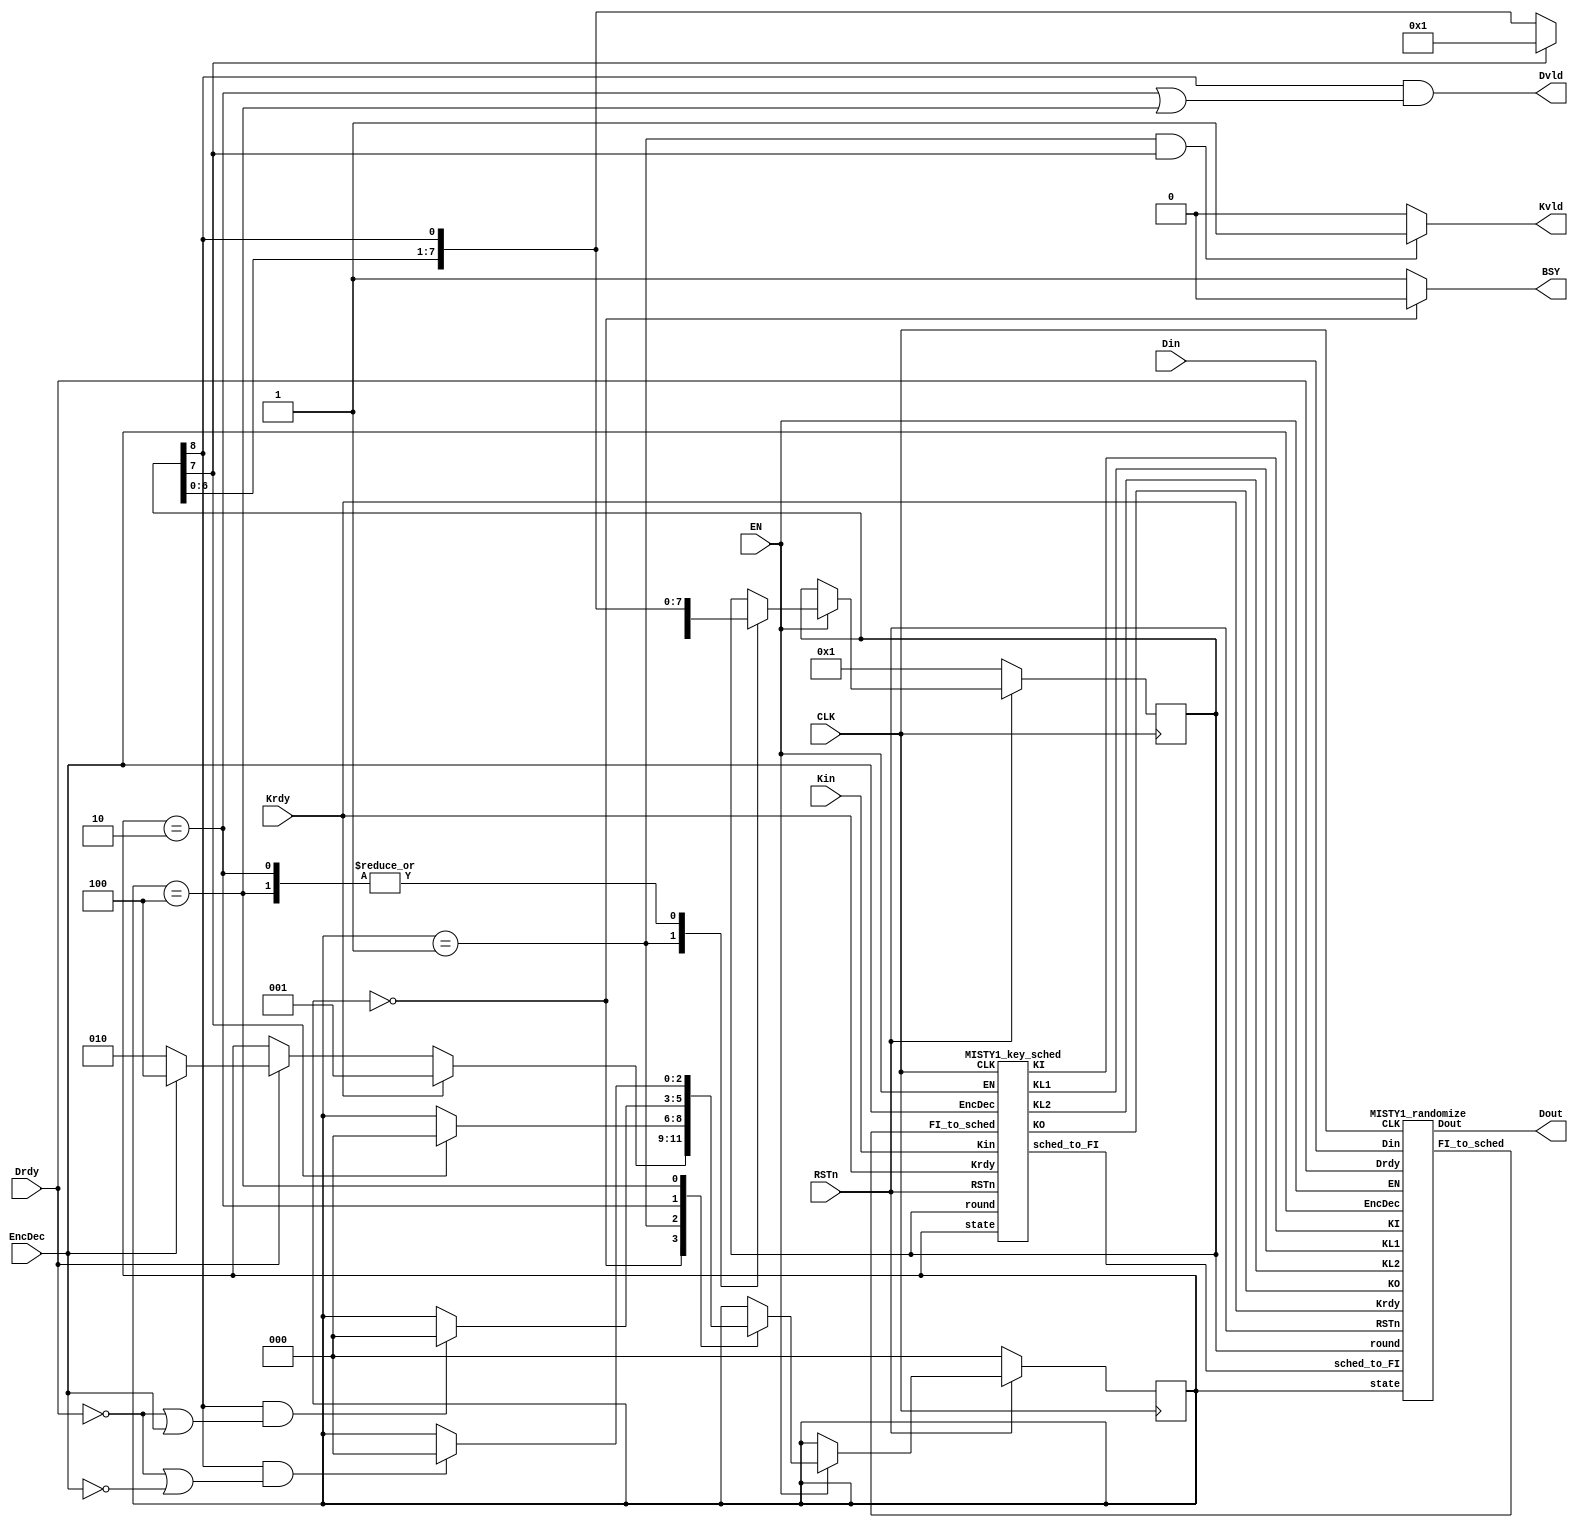
/*-------------------------------------------------------------------------
 MISTY1 Encryption/Decryption Macro 
 one round / one clock version, ASIC version
 
 File name   : MISTY1_1clk.v
 Version     : Version 1.0
 Created     : MAR/04/2007
 Last update : SEP/25/2007
 Desgined by : Takeshi Sugawara
 
 
 Copyright (C) 2007 AIST and Tohoku Univ.
 
 By using this code, you agree to the following terms and conditions.
 
 This code is copyrighted by AIST and Tohoku University ("us").
 
 Permission is hereby granted to copy, reproduce, redistribute or
 otherwise use this code as long as: there is no monetary profit gained
 specifically from the use or reproduction of this code, it is not sold,
 rented, traded or otherwise marketed, and this copyright notice is
 included prominently in any copy made.
 
 We shall not be liable for any damages, including without limitation
 direct, indirect, incidental, special or consequential damages arising
 from the use of this code.
 
 When you publish any results arising from the use of this code, we will
 appreciate it if you can cite as following.
 @misc{tohoku-crypto-ip,
  author={Tohoku University ECSIS laboratory},
  title={Cryptographic IP cores},
  howpublished = {https://github.com/ECSIS-lab/IP_cores}
 }
 -------------------------------------------------------------------------*/ 

module MISTY1( Kin, Din, Dout, Krdy, Drdy, EncDec, RSTn, EN, CLK, BSY, Kvld, Dvld );
  input CLK, RSTn, EN;
  input Drdy, Krdy, EncDec;
  input [ 63:0] Din;
  input [127:0] Kin;
  output [63:0] Dout;
  output 	Dvld, Kvld, BSY;

  // State assign
  parameter ST_IDLE =      3'b000;
  parameter ST_KEY_SCHED = 3'b001;
  parameter ST_ENCRYPT   = 3'b010;
  parameter ST_DECRYPT   = 3'b100;

  parameter Enc = 1'b0;
  parameter Dec = 1'b1;

  reg [2:0] 	state_reg;
  reg [8:0] 	round_reg;

  // Signals for Subkeys
  wire [63:0] KO;
  wire [47:0] KI;
  wire [31:0] KL1, KL2;
  wire [15:0] FI_to_sched;
  wire [31:0] sched_to_FI;

  assign Dvld = ( (round_reg[8] == 1'b1) && 
		  ( (state_reg == ST_ENCRYPT) || (state_reg == ST_DECRYPT) ) );

  //assign Kvld = (state_reg != ST_KEY_SCHED);
  assign Kvld = ( (state_reg == ST_KEY_SCHED) && (round_reg[7] == 1'b1) ) ? 1:0;

  assign BSY = (state_reg == ST_IDLE) ? 1'b0 : 1'b1;

  MISTY1_key_sched MISTY1_key_sched( .CLK         (CLK),
				     .EN          (EN),
				     .RSTn        (RSTn),
				     .Krdy        (Krdy),
				     .EncDec      (EncDec),
				     .Kin         (Kin),
				     .state       (state_reg),
				     .round       (round_reg),
				     .KO          (KO),
				     .KI          (KI),
				     .KL1         (KL1),
				     .KL2         (KL2),
				     .FI_to_sched (FI_to_sched),
				     .sched_to_FI (sched_to_FI) );

  MISTY1_randomize MISTY1_randomize(// Outputs
				    .Dout		(Dout),
				    .FI_to_sched	(FI_to_sched[15:0]),
				    // Inputs
				    .CLK		(CLK),
				    .EN               (EN),
				    .RSTn		(RSTn),
				    .state		(state_reg[2:0]),
				    .round		(round_reg[8:0]),
				    .EncDec           (EncDec),
				    .Drdy             (Drdy),
				    .Krdy             (Krdy),
				    .Din		(Din),
				    .sched_to_FI	(sched_to_FI[31:0]),
				    .KO		(KO[63:0]),
				    .KI		(KI[47:0]),
				    .KL1		(KL1[31:0]),
				    .KL2		(KL2[31:0]) );
  
  always @(posedge CLK) begin
    if(RSTn == 1'b0) begin
      state_reg <= ST_IDLE;
      round_reg <= 9'b0_0000_0001;
    end
    else if(EN == 1'b1) begin
      case(state_reg)
	ST_IDLE: begin
	  if(Krdy == 1'b1) state_reg <= ST_KEY_SCHED;
	  else if(Drdy == 1'b1)
	    if(EncDec == Enc) state_reg <= ST_ENCRYPT;
	    else                   state_reg <= ST_DECRYPT;
	end

	ST_KEY_SCHED: begin
	  if( round_reg[7] == 1'b1 ) begin
	    state_reg <= ST_IDLE;
	    round_reg <= 9'b0_0000_0001;	    
	  end else
	    round_reg <= { round_reg[7:0], round_reg[8] };
	end

	ST_ENCRYPT: begin
	  if( (round_reg[8] == 1'b1) && (Drdy != 1'b1 || EncDec == Dec) )
	    state_reg <= ST_IDLE;
	  round_reg <= { round_reg[7:0], round_reg[8] };
	end

	ST_DECRYPT: begin
	  if( (round_reg[8] == 1'b1) && (Drdy != 1'b1 || EncDec == Enc) )
	    state_reg <= ST_IDLE;
	  round_reg <= { round_reg[7:0], round_reg[8] };
	end
      endcase // case(state_reg)
    end
  end

endmodule // MISTY1


module MISTY1_randomize( Din, Dout, Krdy, Drdy, EncDec, RSTn, EN, CLK, 
		  FI_to_sched, state, round, sched_to_FI, KO, KI, KL1, KL2 );
  input CLK, RSTn, EN;  
  input [2:0] 	state;
  input [8:0] 	round;
  input 	EncDec;
  input 	Drdy, Krdy;

  input [63:0] Din;
  input [31:0] 	sched_to_FI;  

  input [63:0] KO;
  input [47:0] KI;
  input [31:0] KL1, KL2;

  output [63:0] Dout;
  output [15:0] FI_to_sched;

  // State assign
  parameter ST_IDLE =      3'b000;
  parameter ST_KEY_SCHED = 3'b001;
  parameter ST_ENCRYPT   = 3'b010;
  parameter ST_DECRYPT   = 3'b100;

  parameter Enc = 1'b0;
  parameter Dec = 1'b1;

  reg [63:0] 	data_reg;

  wire [63:0] 	FL_plus_out, FL_minus_out;
  MISTY1_FL_plus  MISTY1_FL_plus_L( .in( data_reg[63:32] ), .KL( KL1 ), .out( FL_plus_out[63:32] ) );
  MISTY1_FL_plus  MISTY1_FL_plus_R( .in( data_reg[31: 0] ), .KL( KL2 ), .out( FL_plus_out[31: 0] ) );
  MISTY1_FL_minus MISTY1_FL_minus_L( .in( data_reg[63:32] ), .KL( KL1 ), .out( FL_minus_out[63:32] ) );
  MISTY1_FL_minus MISTY1_FL_minus_R( .in( data_reg[31: 0] ), .KL( KL2 ), .out( FL_minus_out[31: 0] ) );

  wire [63:0] 	Feistel_in, Feistel_out;
  wire [31:0] 	FO_out;
  wire [63:0] 	data_next;
  wire [63:0] 	Feistel_or_through;
  assign Feistel_in = Feistel_in_select( data_reg, FL_plus_out, FL_minus_out,
					 round, EncDec );

  MISTY1_FO_sched MISTY1_FO_sched( .out		(FO_out),
				   .FI_to_sched	(FI_to_sched[15:0]),
				   // Inputs
				   .in		(Feistel_in[63:32]),
				   .KO		(KO[63:0]),
				   .KI		(KI[47:0]),
				   .state		(state[2:0]),
				   .sched_to_FI	(sched_to_FI[31:0])
				   );

  assign Feistel_out = { Feistel_in[63:32], Feistel_in[31:0] ^ FO_out };
  assign Feistel_or_through = (round[8]==1'b1) ? Feistel_in : Feistel_out;
			      
  assign data_next = (EncDec==Enc) ? 
		     {Feistel_or_through[31:0], Feistel_or_through[63:32]} : Feistel_or_through;
  assign Dout = data_next;
  
  always @(posedge CLK) begin
    if(RSTn == 1'b0) begin
      data_reg <= 64'h0000_0000_0000_0000;
    end
    else if(EN == 1'b1) begin
      case(state)
	ST_IDLE:
	  if(Krdy == 1'b0 && Drdy == 1'b1)
	    if(EncDec == Enc)
	      data_reg <= Din[63:0];
	    else
	      data_reg <= { Din[31:0], Din[63:32] };
	
	ST_ENCRYPT: begin
	  if(round[8] == 1'b1 && Krdy == 1'b0 && Drdy == 1'b1)
	    data_reg <= Din[63:0];
	  else
	    data_reg <= data_next;
	end

	ST_DECRYPT: begin
	  if(round[8] == 1'b1 && Krdy == 1'b0 && Drdy == 1'b1)
	    data_reg <= { Din[31:0], Din[63:32] };
	  else
	    data_reg <= data_next;
	end	
      endcase // case(state)
    end
  end    
      
  function [63:0] Feistel_in_select;
    input [63:0] through, FL_plus_out, FL_minus_out;
    input [8:0]   round;
    input 	  EncDec;

    if( EncDec==Enc )
      if( round[1] | round[3] | round[5] | round[7] )
	Feistel_in_select =  through;
      else 
	Feistel_in_select = FL_plus_out;

    else // EncDec==Dec
      if( round[0] | round[2] | round[4] | round[6] )
	Feistel_in_select = { FL_minus_out[31:0], FL_minus_out[63:32] };
      else if( round[1] | round[3] | round[5] | round[7] )
	Feistel_in_select = { through[31:0], through[63:32] };
      else
	Feistel_in_select = FL_minus_out;
  endfunction // Feistel_in_select
  
endmodule // MISTY1_randomize


module MISTY1_key_sched( Kin, Krdy, EncDec, RSTn, EN, CLK, state, round,
		  KO, KI, KL1, KL2, sched_to_FI, FI_to_sched );
  input CLK, RSTn, EN;
  input Krdy;
  input EncDec;
  input [127:0] Kin;
  input [2:0] 	state;
  input [8:0] 	round;
  input [15:0] 	FI_to_sched;

  output [63:0] KO;
  output [47:0] KI;
  output [31:0] KL1, KL2;
  output [31:0] sched_to_FI;

  // State assign
  parameter ST_IDLE =      3'b000;
  parameter ST_KEY_SCHED = 3'b001;
  parameter ST_ENCRYPT   = 3'b010;
  parameter ST_DECRYPT   = 3'b100;

  parameter Enc = 1'b0;
  parameter Dec = 1'b1;
  
  reg [127:0] K_reg, Kp_reg;

  assign      sched_to_FI = sched_to_FI_select(K_reg, round);
  assign      KL1 = KL1_select(K_reg, Kp_reg, round, EncDec);
  assign      KL2 = KL2_select(K_reg, Kp_reg, round, EncDec);  
  assign      KO = KO_select(K_reg, round, EncDec);
  assign      KI = KI_select(Kp_reg, round, EncDec);
  
  always @(posedge CLK) begin
    if(RSTn == 1'b0) begin
      K_reg  <= 128'h0000_0000_0000_0000_0000_0000_0000_0000;
      Kp_reg <= 128'h0000_0000_0000_0000_0000_0000_0000_0000;      
    end
    else if(EN == 1'b1) begin
      case(state)
	ST_IDLE: if(Krdy == 1'b1) K_reg <= Kin;
	ST_KEY_SCHED: begin
	  if( round[ 0] == 1'b1 ) Kp_reg[127:112] <= FI_to_sched;
	  if( round[ 1] == 1'b1 ) Kp_reg[111: 96] <= FI_to_sched;	  
	  if( round[ 2] == 1'b1 ) Kp_reg[ 95: 80] <= FI_to_sched;
	  if( round[ 3] == 1'b1 ) Kp_reg[ 79: 64] <= FI_to_sched;
	  if( round[ 4] == 1'b1 ) Kp_reg[ 63: 48] <= FI_to_sched;
	  if( round[ 5] == 1'b1 ) Kp_reg[ 47: 32] <= FI_to_sched;
	  if( round[ 6] == 1'b1 ) Kp_reg[ 31: 16] <= FI_to_sched;
	  if( round[ 7] == 1'b1 ) Kp_reg[ 15:  0] <= FI_to_sched;
	end
      endcase // case(state)
    end
  end

  // Selector to select the input to the function FI while key-scheduling.
  // Note that two 16-bit input to FI is concatenated to
  // one 32-bit signal for the purpose of simplicity
  function [31:0] sched_to_FI_select;
    input [127:0] K_reg;
    input [8:0]   round;

    case(round)
      9'b0_0000_0001: sched_to_FI_select = K_reg[127: 96];
      9'b0_0000_0010: sched_to_FI_select = K_reg[111: 80];
      9'b0_0000_0100: sched_to_FI_select = K_reg[ 95: 64];
      9'b0_0000_1000: sched_to_FI_select = K_reg[ 79: 48];
      9'b0_0001_0000: sched_to_FI_select = K_reg[ 63: 32];
      9'b0_0010_0000: sched_to_FI_select = K_reg[ 47: 16];
      9'b0_0100_0000: sched_to_FI_select = K_reg[ 31:  0];
      default:        sched_to_FI_select = {K_reg[15: 0], K_reg[127:112]};
    endcase // case(round)
  endfunction // sched_to_FI_select
  
  function [31:0] KL1_select;
    input [127:0] K_reg, Kp_reg;
    input [8:0]   round;
    input 	  EncDec;

    reg [15:0] 	  K1, K2, K3, K4, K5, K6, K7, K8;
    reg [15:0] 	  Kp1, Kp2, Kp3, Kp4, Kp5, Kp6, Kp7, Kp8;

    begin
      { K1, K2, K3, K4, K5, K6, K7, K8 }         = K_reg;
      { Kp1, Kp2, Kp3, Kp4, Kp5, Kp6, Kp7, Kp8 } = Kp_reg;

      case(round)
	9'b0_0000_0001: KL1_select = (EncDec == Enc) ? {K1, Kp7} : {K5, Kp3};
	9'b0_0000_0100: KL1_select = (EncDec == Enc) ? {K2, Kp8} : {K4, Kp2};
	9'b0_0001_0000: KL1_select =                        {K3, Kp1};
	9'b0_0100_0000: KL1_select = (EncDec == Enc) ? {K4, Kp2} : {K2, Kp8};
	default:        KL1_select = (EncDec == Enc) ? {K5, Kp3} : {K1, Kp7};
      endcase // case(round)
    end	
  endfunction // KL1_select

  function [31:0] KL2_select;
    input [127:0] K_reg, Kp_reg;
    input [8:0]   round;
    input 	  EncDec;

    reg [15:0] 	  K1, K2, K3, K4, K5, K6, K7, K8;
    reg [15:0] 	  Kp1, Kp2, Kp3, Kp4, Kp5, Kp6, Kp7, Kp8;

    begin
      { K1, K2, K3, K4, K5, K6, K7, K8 }         = K_reg;
      { Kp1, Kp2, Kp3, Kp4, Kp5, Kp6, Kp7, Kp8 } = Kp_reg;

      case(round)
	9'b0_0000_0001: KL2_select = (EncDec == Enc) ? {Kp3, K5} : {Kp7, K1};
	9'b0_0000_0100: KL2_select = (EncDec == Enc) ? {Kp4, K6} : {Kp6, K8};
	9'b0_0001_0000: KL2_select =                        {Kp5, K7};
	9'b0_0100_0000: KL2_select = (EncDec == Enc) ? {Kp6, K8} : {Kp4, K6};
	default:        KL2_select = (EncDec == Enc) ? {Kp7, K1} : {Kp3, K5};
      endcase // case(round)
    end	
  endfunction // KL2_select

  function [63:0] KO_select;
    input [127:0] K_reg;
    input [8:0]   round;
    input 	  EncDec;

    reg [15:0] 	  K1, K2, K3, K4, K5, K6, K7, K8;

    begin
      { K1, K2, K3, K4, K5, K6, K7, K8 } = K_reg;
      case(round)
	9'b0_0000_0001: KO_select = (EncDec == Enc) ? {K1, K3, K8, K5} : {K8, K2, K7, K4};
	9'b0_0000_0010: KO_select = (EncDec == Enc) ? {K2, K4, K1, K6} : {K7, K1, K6, K3};
	9'b0_0000_0100: KO_select = (EncDec == Enc) ? {K3, K5, K2, K7} : {K6, K8, K5, K2};
	9'b0_0000_1000: KO_select = (EncDec == Enc) ? {K4, K6, K3, K8} : {K5, K7, K4, K1};
	9'b0_0001_0000: KO_select = (EncDec == Enc) ? {K5, K7, K4, K1} : {K4, K6, K3, K8};
	9'b0_0010_0000: KO_select = (EncDec == Enc) ? {K6, K8, K5, K2} : {K3, K5, K2, K7};
	9'b0_0100_0000: KO_select = (EncDec == Enc) ? {K7, K1, K6, K3} : {K2, K4, K1, K6};
	default:        KO_select = (EncDec == Enc) ? {K8, K2, K7, K4} : {K1, K3, K8, K5};
      endcase // case(round)
    end
  endfunction // KO_select

  function [47:0] KI_select;
    input [127:0] Kp_reg;
    input [8:0]   round;
    input 	  EncDec;
    reg [15:0] 	  Kp1, Kp2, Kp3, Kp4, Kp5, Kp6, Kp7, Kp8;

    begin
      { Kp1, Kp2, Kp3, Kp4, Kp5, Kp6, Kp7, Kp8 } = Kp_reg;
      case(round)
	9'b0_0000_0001: KI_select = (EncDec == Enc) ? {Kp6, Kp2, Kp4} : {Kp5, Kp1, Kp3};
	9'b0_0000_0010: KI_select = (EncDec == Enc) ? {Kp7, Kp3, Kp5} : {Kp4, Kp8, Kp2};
	9'b0_0000_0100: KI_select = (EncDec == Enc) ? {Kp8, Kp4, Kp6} : {Kp3, Kp7, Kp1};
	9'b0_0000_1000: KI_select = (EncDec == Enc) ? {Kp1, Kp5, Kp7} : {Kp2, Kp6, Kp8};
	9'b0_0001_0000: KI_select = (EncDec == Enc) ? {Kp2, Kp6, Kp8} : {Kp1, Kp5, Kp7};
	9'b0_0010_0000: KI_select = (EncDec == Enc) ? {Kp3, Kp7, Kp1} : {Kp8, Kp4, Kp6};
	9'b0_0100_0000: KI_select = (EncDec == Enc) ? {Kp4, Kp8, Kp2} : {Kp7, Kp3, Kp5};
	default:        KI_select = (EncDec == Enc) ? {Kp5, Kp1, Kp3} : {Kp6, Kp2, Kp4};
      endcase // case(round)
    end
  endfunction // KI_select
  
endmodule // MISTY1_key_sched


//
//  FO-function
//  (Supports key-scheduling)
//
module MISTY1_FO_sched( out, FI_to_sched, in, KO, KI, state, sched_to_FI );
  input [31:0] in;
  input [63:0] KO;
  input [47:0] KI;
  input [2:0]  state;
  output [31:0] out;

  // I/Os for key scheduling
  input  [31:0] sched_to_FI;  
  output [15:0] FI_to_sched;

  // State assign
  parameter ST_IDLE =      3'b000;
  parameter ST_KEY_SCHED = 3'b001;
  parameter ST_ENCRYPT   = 3'b010;
  parameter ST_DECRYPT   = 3'b100;


  wire [15:0]  KOi1, KOi2, KOi3, KOi4;
  wire [15:0]  KIi1, KIi2, KIi3;
  assign       { KOi1, KOi2, KOi3, KOi4 } = KO;
  assign       KIi1 = KI[47:32];
  assign       KIi2 = (state==ST_KEY_SCHED) ? sched_to_FI[15:0] : KI[31:16];
  assign       KIi3 = KI[15: 0];    

  wire [15:0]  FIi1_in, FIi1_out;
  wire [15:0]  FIi2_in, FIi2_out;
  wire [15:0]  FIi3_in, FIi3_out;
  wire [31:0]  round1_out, round2_out, round3_out;

  
  MISTY1_FI MISTY1_FIi1( .in(FIi1_in), .out(FIi1_out), .KI(KIi1) );
  MISTY1_FI MISTY1_FIi2( .in(FIi2_in), .out(FIi2_out), .KI(KIi2) );
  MISTY1_FI MISTY1_FIi3( .in(FIi3_in), .out(FIi3_out), .KI(KIi3) );  
  assign 	FI_to_sched = FIi2_out;
  
  assign       FIi1_in = in[31:16] ^ KOi1;
  assign       round1_out = { in[15:0], FIi1_out ^ in[15:0] };

  assign       FIi2_in = (state==ST_KEY_SCHED) ?
			 sched_to_FI[31:16] : round1_out[31:16] ^ KOi2;

  assign       round2_out = { round1_out[15:0], FIi2_out ^ round1_out[15:0] };

  assign       FIi3_in = round2_out[31:16] ^ KOi3;
  assign       round3_out = { round2_out[15:0], FIi3_out ^ round2_out[15:0] };

  assign       out = { round3_out[31:16] ^ KOi4, round3_out[15:0] };
endmodule // MISTY1_FO_sched

module MISTY1_FO( out, in, KO, KI );
  input [31:0] in;
  input [63:0] KO;
  input [47:0] KI;
  output [31:0] out;
  
  wire [15:0]  KOi1, KOi2, KOi3, KOi4;
  wire [15:0]  KIi1, KIi2, KIi3;
  assign       { KOi1, KOi2, KOi3, KOi4 } = KO;
  assign       { KIi1, KIi2, KIi3 } = KI;

  wire [15:0]  FIi1_in, FIi1_out;
  wire [15:0]  FIi2_in, FIi2_out;
  wire [15:0]  FIi3_in, FIi3_out;
  wire [31:0]  round1_out, round2_out, round3_out;

  MISTY1_FI MISTY1_FIi1( .in(FIi1_in), .out(FIi1_out), .KI(KIi1) );
  MISTY1_FI MISTY1_FIi2( .in(FIi2_in), .out(FIi2_out), .KI(KIi2) );
  MISTY1_FI MISTY1_FIi3( .in(FIi3_in), .out(FIi3_out), .KI(KIi3) );  

  assign       FIi1_in = in[31:16] ^ KOi1;
  assign       round1_out = { in[15:0], FIi1_out ^ in[15:0] };

  assign       FIi2_in = round1_out[31:16] ^ KOi2;
  assign       round2_out = { round1_out[15:0], FIi2_out ^ round1_out[15:0] };

  assign       FIi3_in = round2_out[31:16] ^ KOi3;
  assign       round3_out = { round2_out[15:0], FIi3_out ^ round2_out[15:0] };

  assign       out = { round3_out[31:16] ^ KOi4, round3_out[15:0] };
endmodule // MISTY1_FO

// FI function
module MISTY1_FI( out, in, KI );
   input [15:0] in;
   input [15:0] KI;
   output [15:0] out;

   wire [8:0] 	 in_9bit, KI_9bit, round1_9bit, round2_9bit, round3_9bit;
   wire [6:0] 	 in_7bit, KI_7bit, round1_7bit, round2_7bit, round3_7bit;

   wire [8:0] 	 S9_a_out, S9_b_out;
   wire [6:0] 	 S7_out;
   
   MISTY1_S9 MISTY1_S9_a( .in( in_9bit  ),    .out( S9_a_out ) );
   MISTY1_S9 MISTY1_S9_b( .in( round2_9bit ), .out( S9_b_out ) );
   MISTY1_S7 MISTY1_S7(   .in( round1_7bit ), .out( S7_out   ) );

   assign 	 {in_9bit, in_7bit} = in;
   assign 	 {KI_7bit, KI_9bit} = KI;
   
   assign 	 round1_7bit = in_7bit;
   assign 	 round1_9bit = S9_a_out ^ { 2'b00, in_7bit };

   assign 	 round2_9bit  = round1_9bit ^ KI_9bit;
   assign 	 round2_7bit  = S7_out ^ round1_9bit[6:0] ^ KI_7bit;

   assign 	 round3_7bit = round2_7bit;
   assign 	 round3_9bit = S9_b_out ^ { 2'b00, round2_7bit };

   assign 	 out = {round3_7bit, round3_9bit};
endmodule // MISTY1_FI

// FL function
module MISTY1_FL_plus( out, in, KL );
   input [31:0] in;
   input [31:0] KL;
   output [31:0] out;

   wire [15:0] 	 in_left,   in_right;
   wire [15:0] 	 temp_left, temp_right;
   wire [15:0] 	 out_left,  out_right;
   wire [15:0] 	 KL_left, KL_right;
   
   assign 	 {in_left, in_right} = in;
   assign 	 {KL_left, KL_right} = KL;

   assign 	 temp_left = in_left;
   assign 	 temp_right = in_right ^ ( in_left & KL_left);

   assign 	 out_left = temp_left ^ ( temp_right | KL_right );
   assign 	 out_right = temp_right;

   assign 	 out = {out_left, out_right};
endmodule // MISTY1_FL_plus

// FL^{-1} function
module MISTY1_FL_minus( out, in, KL );
   input [31:0] in;
   input [31:0] KL;
   output [31:0] out;

   wire [15:0] 	 in_left,   in_right;
   wire [15:0] 	 temp_left, temp_right;
   wire [15:0] 	 out_left,  out_right;
   wire [15:0] 	 KL_left, KL_right;
   
   assign 	 {in_left, in_right} = in;
   assign 	 {KL_left, KL_right} = KL;

   assign 	 temp_left = in_left ^ ( in_right | KL_right );
   assign 	 temp_right = in_right;

   assign 	 out_left = temp_left;
   assign 	 out_right = temp_right ^ ( temp_left & KL_left );

   assign 	 out = {out_left, out_right};
endmodule // MISTY1_FL_minus


module MISTY1_S7( out, in );
   input [6:0] in;
   output [6:0] out;

   assign 	out = temp(in);
   
   function [6:0] temp;
      input [6:0] in;
      case(in)
	7'h00: temp = 7'h1b;     7'h01: temp = 7'h32;     7'h02: temp = 7'h33;     7'h03: temp = 7'h5a;
	7'h04: temp = 7'h3b;     7'h05: temp = 7'h10;     7'h06: temp = 7'h17;     7'h07: temp = 7'h54;
	7'h08: temp = 7'h5b;     7'h09: temp = 7'h1a;     7'h0a: temp = 7'h72;     7'h0b: temp = 7'h73;
	7'h0c: temp = 7'h6b;     7'h0d: temp = 7'h2c;     7'h0e: temp = 7'h66;     7'h0f: temp = 7'h49;
	7'h10: temp = 7'h1f;     7'h11: temp = 7'h24;     7'h12: temp = 7'h13;     7'h13: temp = 7'h6c;
	7'h14: temp = 7'h37;     7'h15: temp = 7'h2e;     7'h16: temp = 7'h3f;     7'h17: temp = 7'h4a;
	7'h18: temp = 7'h5d;     7'h19: temp = 7'h0f;     7'h1a: temp = 7'h40;     7'h1b: temp = 7'h56;
	7'h1c: temp = 7'h25;     7'h1d: temp = 7'h51;     7'h1e: temp = 7'h1c;     7'h1f: temp = 7'h04;
	7'h20: temp = 7'h0b;     7'h21: temp = 7'h46;     7'h22: temp = 7'h20;     7'h23: temp = 7'h0d;
	7'h24: temp = 7'h7b;     7'h25: temp = 7'h35;     7'h26: temp = 7'h44;     7'h27: temp = 7'h42;
	7'h28: temp = 7'h2b;     7'h29: temp = 7'h1e;     7'h2a: temp = 7'h41;     7'h2b: temp = 7'h14;
	7'h2c: temp = 7'h4b;     7'h2d: temp = 7'h79;     7'h2e: temp = 7'h15;     7'h2f: temp = 7'h6f;
	7'h30: temp = 7'h0e;     7'h31: temp = 7'h55;     7'h32: temp = 7'h09;     7'h33: temp = 7'h36;
	7'h34: temp = 7'h74;     7'h35: temp = 7'h0c;     7'h36: temp = 7'h67;     7'h37: temp = 7'h53;
	7'h38: temp = 7'h28;     7'h39: temp = 7'h0a;     7'h3a: temp = 7'h7e;     7'h3b: temp = 7'h38;
	7'h3c: temp = 7'h02;     7'h3d: temp = 7'h07;     7'h3e: temp = 7'h60;     7'h3f: temp = 7'h29;
	7'h40: temp = 7'h19;     7'h41: temp = 7'h12;     7'h42: temp = 7'h65;     7'h43: temp = 7'h2f;
	7'h44: temp = 7'h30;     7'h45: temp = 7'h39;     7'h46: temp = 7'h08;     7'h47: temp = 7'h68;
	7'h48: temp = 7'h5f;     7'h49: temp = 7'h78;     7'h4a: temp = 7'h2a;     7'h4b: temp = 7'h4c;
	7'h4c: temp = 7'h64;     7'h4d: temp = 7'h45;     7'h4e: temp = 7'h75;     7'h4f: temp = 7'h3d;
	7'h50: temp = 7'h59;     7'h51: temp = 7'h48;     7'h52: temp = 7'h03;     7'h53: temp = 7'h57;
	7'h54: temp = 7'h7c;     7'h55: temp = 7'h4f;     7'h56: temp = 7'h62;     7'h57: temp = 7'h3c;
	7'h58: temp = 7'h1d;     7'h59: temp = 7'h21;     7'h5a: temp = 7'h5e;     7'h5b: temp = 7'h27;
	7'h5c: temp = 7'h6a;     7'h5d: temp = 7'h70;     7'h5e: temp = 7'h4d;     7'h5f: temp = 7'h3a;
	7'h60: temp = 7'h01;     7'h61: temp = 7'h6d;     7'h62: temp = 7'h6e;     7'h63: temp = 7'h63;
	7'h64: temp = 7'h18;     7'h65: temp = 7'h77;     7'h66: temp = 7'h23;     7'h67: temp = 7'h05;
	7'h68: temp = 7'h26;     7'h69: temp = 7'h76;     7'h6a: temp = 7'h00;     7'h6b: temp = 7'h31;
	7'h6c: temp = 7'h2d;     7'h6d: temp = 7'h7a;     7'h6e: temp = 7'h7f;     7'h6f: temp = 7'h61;
	7'h70: temp = 7'h50;     7'h71: temp = 7'h22;     7'h72: temp = 7'h11;     7'h73: temp = 7'h06;
	7'h74: temp = 7'h47;     7'h75: temp = 7'h16;     7'h76: temp = 7'h52;     7'h77: temp = 7'h4e;
	7'h78: temp = 7'h71;     7'h79: temp = 7'h3e;     7'h7a: temp = 7'h69;     7'h7b: temp = 7'h43;
	7'h7c: temp = 7'h34;     7'h7d: temp = 7'h5c;     7'h7e: temp = 7'h58;     default: temp = 7'h7d;
      endcase // case(in)
   endfunction // temp
endmodule // MISTY1_S7


module MISTY1_S9( out, in );
   input [8:0] in;
   output [8:0] out;

   assign 	out = temp(in);
   
   function [8:0] temp;
      input [8:0] in;
      case(in)
	9'h000: temp = 9'h1c3;     9'h001: temp = 9'h0cb;     9'h002: temp = 9'h153;     9'h003: temp = 9'h19f;    
	9'h004: temp = 9'h1e3;     9'h005: temp = 9'h0e9;     9'h006: temp = 9'h0fb;     9'h007: temp = 9'h035;    
	9'h008: temp = 9'h181;     9'h009: temp = 9'h0b9;     9'h00a: temp = 9'h117;     9'h00b: temp = 9'h1eb;    
	9'h00c: temp = 9'h133;     9'h00d: temp = 9'h009;     9'h00e: temp = 9'h02d;     9'h00f: temp = 9'h0d3;    
	9'h010: temp = 9'h0c7;     9'h011: temp = 9'h14a;     9'h012: temp = 9'h037;     9'h013: temp = 9'h07e;    
	9'h014: temp = 9'h0eb;     9'h015: temp = 9'h164;     9'h016: temp = 9'h193;     9'h017: temp = 9'h1d8;    
	9'h018: temp = 9'h0a3;     9'h019: temp = 9'h11e;     9'h01a: temp = 9'h055;     9'h01b: temp = 9'h02c;    
	9'h01c: temp = 9'h01d;     9'h01d: temp = 9'h1a2;     9'h01e: temp = 9'h163;     9'h01f: temp = 9'h118;    
	9'h020: temp = 9'h14b;     9'h021: temp = 9'h152;     9'h022: temp = 9'h1d2;     9'h023: temp = 9'h00f;    
	9'h024: temp = 9'h02b;     9'h025: temp = 9'h030;     9'h026: temp = 9'h13a;     9'h027: temp = 9'h0e5;    
	9'h028: temp = 9'h111;     9'h029: temp = 9'h138;     9'h02a: temp = 9'h18e;     9'h02b: temp = 9'h063;    
	9'h02c: temp = 9'h0e3;     9'h02d: temp = 9'h0c8;     9'h02e: temp = 9'h1f4;     9'h02f: temp = 9'h01b;    
	9'h030: temp = 9'h001;     9'h031: temp = 9'h09d;     9'h032: temp = 9'h0f8;     9'h033: temp = 9'h1a0;    
	9'h034: temp = 9'h16d;     9'h035: temp = 9'h1f3;     9'h036: temp = 9'h01c;     9'h037: temp = 9'h146;    
	9'h038: temp = 9'h07d;     9'h039: temp = 9'h0d1;     9'h03a: temp = 9'h082;     9'h03b: temp = 9'h1ea;    
	9'h03c: temp = 9'h183;     9'h03d: temp = 9'h12d;     9'h03e: temp = 9'h0f4;     9'h03f: temp = 9'h19e;    
	9'h040: temp = 9'h1d3;     9'h041: temp = 9'h0dd;     9'h042: temp = 9'h1e2;     9'h043: temp = 9'h128;    
	9'h044: temp = 9'h1e0;     9'h045: temp = 9'h0ec;     9'h046: temp = 9'h059;     9'h047: temp = 9'h091;    
	9'h048: temp = 9'h011;     9'h049: temp = 9'h12f;     9'h04a: temp = 9'h026;     9'h04b: temp = 9'h0dc;    
	9'h04c: temp = 9'h0b0;     9'h04d: temp = 9'h18c;     9'h04e: temp = 9'h10f;     9'h04f: temp = 9'h1f7;    
	9'h050: temp = 9'h0e7;     9'h051: temp = 9'h16c;     9'h052: temp = 9'h0b6;     9'h053: temp = 9'h0f9;    
	9'h054: temp = 9'h0d8;     9'h055: temp = 9'h151;     9'h056: temp = 9'h101;     9'h057: temp = 9'h14c;    
	9'h058: temp = 9'h103;     9'h059: temp = 9'h0b8;     9'h05a: temp = 9'h154;     9'h05b: temp = 9'h12b;    
	9'h05c: temp = 9'h1ae;     9'h05d: temp = 9'h017;     9'h05e: temp = 9'h071;     9'h05f: temp = 9'h00c;    
	9'h060: temp = 9'h047;     9'h061: temp = 9'h058;     9'h062: temp = 9'h07f;     9'h063: temp = 9'h1a4;    
	9'h064: temp = 9'h134;     9'h065: temp = 9'h129;     9'h066: temp = 9'h084;     9'h067: temp = 9'h15d;    
	9'h068: temp = 9'h19d;     9'h069: temp = 9'h1b2;     9'h06a: temp = 9'h1a3;     9'h06b: temp = 9'h048;    
	9'h06c: temp = 9'h07c;     9'h06d: temp = 9'h051;     9'h06e: temp = 9'h1ca;     9'h06f: temp = 9'h023;    
	9'h070: temp = 9'h13d;     9'h071: temp = 9'h1a7;     9'h072: temp = 9'h165;     9'h073: temp = 9'h03b;    
	9'h074: temp = 9'h042;     9'h075: temp = 9'h0da;     9'h076: temp = 9'h192;     9'h077: temp = 9'h0ce;    
	9'h078: temp = 9'h0c1;     9'h079: temp = 9'h06b;     9'h07a: temp = 9'h09f;     9'h07b: temp = 9'h1f1;    
	9'h07c: temp = 9'h12c;     9'h07d: temp = 9'h184;     9'h07e: temp = 9'h0fa;     9'h07f: temp = 9'h196;    
	9'h080: temp = 9'h1e1;     9'h081: temp = 9'h169;     9'h082: temp = 9'h17d;     9'h083: temp = 9'h031;    
	9'h084: temp = 9'h180;     9'h085: temp = 9'h10a;     9'h086: temp = 9'h094;     9'h087: temp = 9'h1da;    
	9'h088: temp = 9'h186;     9'h089: temp = 9'h13e;     9'h08a: temp = 9'h11c;     9'h08b: temp = 9'h060;    
	9'h08c: temp = 9'h175;     9'h08d: temp = 9'h1cf;     9'h08e: temp = 9'h067;     9'h08f: temp = 9'h119;    
	9'h090: temp = 9'h065;     9'h091: temp = 9'h068;     9'h092: temp = 9'h099;     9'h093: temp = 9'h150;    
	9'h094: temp = 9'h008;     9'h095: temp = 9'h007;     9'h096: temp = 9'h17c;     9'h097: temp = 9'h0b7;    
	9'h098: temp = 9'h024;     9'h099: temp = 9'h019;     9'h09a: temp = 9'h0de;     9'h09b: temp = 9'h127;    
	9'h09c: temp = 9'h0db;     9'h09d: temp = 9'h0e4;     9'h09e: temp = 9'h1a9;     9'h09f: temp = 9'h052;    
	9'h0a0: temp = 9'h109;     9'h0a1: temp = 9'h090;     9'h0a2: temp = 9'h19c;     9'h0a3: temp = 9'h1c1;    
	9'h0a4: temp = 9'h028;     9'h0a5: temp = 9'h1b3;     9'h0a6: temp = 9'h135;     9'h0a7: temp = 9'h16a;    
	9'h0a8: temp = 9'h176;     9'h0a9: temp = 9'h0df;     9'h0aa: temp = 9'h1e5;     9'h0ab: temp = 9'h188;    
	9'h0ac: temp = 9'h0c5;     9'h0ad: temp = 9'h16e;     9'h0ae: temp = 9'h1de;     9'h0af: temp = 9'h1b1;    
	9'h0b0: temp = 9'h0c3;     9'h0b1: temp = 9'h1df;     9'h0b2: temp = 9'h036;     9'h0b3: temp = 9'h0ee;    
	9'h0b4: temp = 9'h1ee;     9'h0b5: temp = 9'h0f0;     9'h0b6: temp = 9'h093;     9'h0b7: temp = 9'h049;    
	9'h0b8: temp = 9'h09a;     9'h0b9: temp = 9'h1b6;     9'h0ba: temp = 9'h069;     9'h0bb: temp = 9'h081;    
	9'h0bc: temp = 9'h125;     9'h0bd: temp = 9'h00b;     9'h0be: temp = 9'h05e;     9'h0bf: temp = 9'h0b4;    
	9'h0c0: temp = 9'h149;     9'h0c1: temp = 9'h1c7;     9'h0c2: temp = 9'h174;     9'h0c3: temp = 9'h03e;    
	9'h0c4: temp = 9'h13b;     9'h0c5: temp = 9'h1b7;     9'h0c6: temp = 9'h08e;     9'h0c7: temp = 9'h1c6;    
	9'h0c8: temp = 9'h0ae;     9'h0c9: temp = 9'h010;     9'h0ca: temp = 9'h095;     9'h0cb: temp = 9'h1ef;    
	9'h0cc: temp = 9'h04e;     9'h0cd: temp = 9'h0f2;     9'h0ce: temp = 9'h1fd;     9'h0cf: temp = 9'h085;    
	9'h0d0: temp = 9'h0fd;     9'h0d1: temp = 9'h0f6;     9'h0d2: temp = 9'h0a0;     9'h0d3: temp = 9'h16f;    
	9'h0d4: temp = 9'h083;     9'h0d5: temp = 9'h08a;     9'h0d6: temp = 9'h156;     9'h0d7: temp = 9'h09b;    
	9'h0d8: temp = 9'h13c;     9'h0d9: temp = 9'h107;     9'h0da: temp = 9'h167;     9'h0db: temp = 9'h098;    
	9'h0dc: temp = 9'h1d0;     9'h0dd: temp = 9'h1e9;     9'h0de: temp = 9'h003;     9'h0df: temp = 9'h1fe;    
	9'h0e0: temp = 9'h0bd;     9'h0e1: temp = 9'h122;     9'h0e2: temp = 9'h089;     9'h0e3: temp = 9'h0d2;    
	9'h0e4: temp = 9'h18f;     9'h0e5: temp = 9'h012;     9'h0e6: temp = 9'h033;     9'h0e7: temp = 9'h06a;    
	9'h0e8: temp = 9'h142;     9'h0e9: temp = 9'h0ed;     9'h0ea: temp = 9'h170;     9'h0eb: temp = 9'h11b;    
	9'h0ec: temp = 9'h0e2;     9'h0ed: temp = 9'h14f;     9'h0ee: temp = 9'h158;     9'h0ef: temp = 9'h131;    
	9'h0f0: temp = 9'h147;     9'h0f1: temp = 9'h05d;     9'h0f2: temp = 9'h113;     9'h0f3: temp = 9'h1cd;    
	9'h0f4: temp = 9'h079;     9'h0f5: temp = 9'h161;     9'h0f6: temp = 9'h1a5;     9'h0f7: temp = 9'h179;    
	9'h0f8: temp = 9'h09e;     9'h0f9: temp = 9'h1b4;     9'h0fa: temp = 9'h0cc;     9'h0fb: temp = 9'h022;    
	9'h0fc: temp = 9'h132;     9'h0fd: temp = 9'h01a;     9'h0fe: temp = 9'h0e8;     9'h0ff: temp = 9'h004;    
	9'h100: temp = 9'h187;     9'h101: temp = 9'h1ed;     9'h102: temp = 9'h197;     9'h103: temp = 9'h039;    
	9'h104: temp = 9'h1bf;     9'h105: temp = 9'h1d7;     9'h106: temp = 9'h027;     9'h107: temp = 9'h18b;    
	9'h108: temp = 9'h0c6;     9'h109: temp = 9'h09c;     9'h10a: temp = 9'h0d0;     9'h10b: temp = 9'h14e;    
	9'h10c: temp = 9'h06c;     9'h10d: temp = 9'h034;     9'h10e: temp = 9'h1f2;     9'h10f: temp = 9'h06e;    
	9'h110: temp = 9'h0ca;     9'h111: temp = 9'h025;     9'h112: temp = 9'h0ba;     9'h113: temp = 9'h191;    
	9'h114: temp = 9'h0fe;     9'h115: temp = 9'h013;     9'h116: temp = 9'h106;     9'h117: temp = 9'h02f;    
	9'h118: temp = 9'h1ad;     9'h119: temp = 9'h172;     9'h11a: temp = 9'h1db;     9'h11b: temp = 9'h0c0;    
	9'h11c: temp = 9'h10b;     9'h11d: temp = 9'h1d6;     9'h11e: temp = 9'h0f5;     9'h11f: temp = 9'h1ec;    
	9'h120: temp = 9'h10d;     9'h121: temp = 9'h076;     9'h122: temp = 9'h114;     9'h123: temp = 9'h1ab;    
	9'h124: temp = 9'h075;     9'h125: temp = 9'h10c;     9'h126: temp = 9'h1e4;     9'h127: temp = 9'h159;    
	9'h128: temp = 9'h054;     9'h129: temp = 9'h11f;     9'h12a: temp = 9'h04b;     9'h12b: temp = 9'h0c4;    
	9'h12c: temp = 9'h1be;     9'h12d: temp = 9'h0f7;     9'h12e: temp = 9'h029;     9'h12f: temp = 9'h0a4;    
	9'h130: temp = 9'h00e;     9'h131: temp = 9'h1f0;     9'h132: temp = 9'h077;     9'h133: temp = 9'h04d;    
	9'h134: temp = 9'h17a;     9'h135: temp = 9'h086;     9'h136: temp = 9'h08b;     9'h137: temp = 9'h0b3;    
	9'h138: temp = 9'h171;     9'h139: temp = 9'h0bf;     9'h13a: temp = 9'h10e;     9'h13b: temp = 9'h104;    
	9'h13c: temp = 9'h097;     9'h13d: temp = 9'h15b;     9'h13e: temp = 9'h160;     9'h13f: temp = 9'h168;    
	9'h140: temp = 9'h0d7;     9'h141: temp = 9'h0bb;     9'h142: temp = 9'h066;     9'h143: temp = 9'h1ce;    
	9'h144: temp = 9'h0fc;     9'h145: temp = 9'h092;     9'h146: temp = 9'h1c5;     9'h147: temp = 9'h06f;    
	9'h148: temp = 9'h016;     9'h149: temp = 9'h04a;     9'h14a: temp = 9'h0a1;     9'h14b: temp = 9'h139;    
	9'h14c: temp = 9'h0af;     9'h14d: temp = 9'h0f1;     9'h14e: temp = 9'h190;     9'h14f: temp = 9'h00a;    
	9'h150: temp = 9'h1aa;     9'h151: temp = 9'h143;     9'h152: temp = 9'h17b;     9'h153: temp = 9'h056;    
	9'h154: temp = 9'h18d;     9'h155: temp = 9'h166;     9'h156: temp = 9'h0d4;     9'h157: temp = 9'h1fb;    
	9'h158: temp = 9'h14d;     9'h159: temp = 9'h194;     9'h15a: temp = 9'h19a;     9'h15b: temp = 9'h087;    
	9'h15c: temp = 9'h1f8;     9'h15d: temp = 9'h123;     9'h15e: temp = 9'h0a7;     9'h15f: temp = 9'h1b8;    
	9'h160: temp = 9'h141;     9'h161: temp = 9'h03c;     9'h162: temp = 9'h1f9;     9'h163: temp = 9'h140;    
	9'h164: temp = 9'h02a;     9'h165: temp = 9'h155;     9'h166: temp = 9'h11a;     9'h167: temp = 9'h1a1;    
	9'h168: temp = 9'h198;     9'h169: temp = 9'h0d5;     9'h16a: temp = 9'h126;     9'h16b: temp = 9'h1af;    
	9'h16c: temp = 9'h061;     9'h16d: temp = 9'h12e;     9'h16e: temp = 9'h157;     9'h16f: temp = 9'h1dc;    
	9'h170: temp = 9'h072;     9'h171: temp = 9'h18a;     9'h172: temp = 9'h0aa;     9'h173: temp = 9'h096;    
	9'h174: temp = 9'h115;     9'h175: temp = 9'h0ef;     9'h176: temp = 9'h045;     9'h177: temp = 9'h07b;    
	9'h178: temp = 9'h08d;     9'h179: temp = 9'h145;     9'h17a: temp = 9'h053;     9'h17b: temp = 9'h05f;    
	9'h17c: temp = 9'h178;     9'h17d: temp = 9'h0b2;     9'h17e: temp = 9'h02e;     9'h17f: temp = 9'h020;    
	9'h180: temp = 9'h1d5;     9'h181: temp = 9'h03f;     9'h182: temp = 9'h1c9;     9'h183: temp = 9'h1e7;    
	9'h184: temp = 9'h1ac;     9'h185: temp = 9'h044;     9'h186: temp = 9'h038;     9'h187: temp = 9'h014;    
	9'h188: temp = 9'h0b1;     9'h189: temp = 9'h16b;     9'h18a: temp = 9'h0ab;     9'h18b: temp = 9'h0b5;    
	9'h18c: temp = 9'h05a;     9'h18d: temp = 9'h182;     9'h18e: temp = 9'h1c8;     9'h18f: temp = 9'h1d4;    
	9'h190: temp = 9'h018;     9'h191: temp = 9'h177;     9'h192: temp = 9'h064;     9'h193: temp = 9'h0cf;    
	9'h194: temp = 9'h06d;     9'h195: temp = 9'h100;     9'h196: temp = 9'h199;     9'h197: temp = 9'h130;    
	9'h198: temp = 9'h15a;     9'h199: temp = 9'h005;     9'h19a: temp = 9'h120;     9'h19b: temp = 9'h1bb;    
	9'h19c: temp = 9'h1bd;     9'h19d: temp = 9'h0e0;     9'h19e: temp = 9'h04f;     9'h19f: temp = 9'h0d6;    
	9'h1a0: temp = 9'h13f;     9'h1a1: temp = 9'h1c4;     9'h1a2: temp = 9'h12a;     9'h1a3: temp = 9'h015;    
	9'h1a4: temp = 9'h006;     9'h1a5: temp = 9'h0ff;     9'h1a6: temp = 9'h19b;     9'h1a7: temp = 9'h0a6;    
	9'h1a8: temp = 9'h043;     9'h1a9: temp = 9'h088;     9'h1aa: temp = 9'h050;     9'h1ab: temp = 9'h15f;    
	9'h1ac: temp = 9'h1e8;     9'h1ad: temp = 9'h121;     9'h1ae: temp = 9'h073;     9'h1af: temp = 9'h17e;    
	9'h1b0: temp = 9'h0bc;     9'h1b1: temp = 9'h0c2;     9'h1b2: temp = 9'h0c9;     9'h1b3: temp = 9'h173;    
	9'h1b4: temp = 9'h189;     9'h1b5: temp = 9'h1f5;     9'h1b6: temp = 9'h074;     9'h1b7: temp = 9'h1cc;    
	9'h1b8: temp = 9'h1e6;     9'h1b9: temp = 9'h1a8;     9'h1ba: temp = 9'h195;     9'h1bb: temp = 9'h01f;    
	9'h1bc: temp = 9'h041;     9'h1bd: temp = 9'h00d;     9'h1be: temp = 9'h1ba;     9'h1bf: temp = 9'h032;    
	9'h1c0: temp = 9'h03d;     9'h1c1: temp = 9'h1d1;     9'h1c2: temp = 9'h080;     9'h1c3: temp = 9'h0a8;    
	9'h1c4: temp = 9'h057;     9'h1c5: temp = 9'h1b9;     9'h1c6: temp = 9'h162;     9'h1c7: temp = 9'h148;    
	9'h1c8: temp = 9'h0d9;     9'h1c9: temp = 9'h105;     9'h1ca: temp = 9'h062;     9'h1cb: temp = 9'h07a;    
	9'h1cc: temp = 9'h021;     9'h1cd: temp = 9'h1ff;     9'h1ce: temp = 9'h112;     9'h1cf: temp = 9'h108;    
	9'h1d0: temp = 9'h1c0;     9'h1d1: temp = 9'h0a9;     9'h1d2: temp = 9'h11d;     9'h1d3: temp = 9'h1b0;    
	9'h1d4: temp = 9'h1a6;     9'h1d5: temp = 9'h0cd;     9'h1d6: temp = 9'h0f3;     9'h1d7: temp = 9'h05c;    
	9'h1d8: temp = 9'h102;     9'h1d9: temp = 9'h05b;     9'h1da: temp = 9'h1d9;     9'h1db: temp = 9'h144;    
	9'h1dc: temp = 9'h1f6;     9'h1dd: temp = 9'h0ad;     9'h1de: temp = 9'h0a5;     9'h1df: temp = 9'h03a;    
	9'h1e0: temp = 9'h1cb;     9'h1e1: temp = 9'h136;     9'h1e2: temp = 9'h17f;     9'h1e3: temp = 9'h046;    
	9'h1e4: temp = 9'h0e1;     9'h1e5: temp = 9'h01e;     9'h1e6: temp = 9'h1dd;     9'h1e7: temp = 9'h0e6;    
	9'h1e8: temp = 9'h137;     9'h1e9: temp = 9'h1fa;     9'h1ea: temp = 9'h185;     9'h1eb: temp = 9'h08c;    
	9'h1ec: temp = 9'h08f;     9'h1ed: temp = 9'h040;     9'h1ee: temp = 9'h1b5;     9'h1ef: temp = 9'h0be;    
	9'h1f0: temp = 9'h078;     9'h1f1: temp = 9'h000;     9'h1f2: temp = 9'h0ac;     9'h1f3: temp = 9'h110;    
	9'h1f4: temp = 9'h15e;     9'h1f5: temp = 9'h124;     9'h1f6: temp = 9'h002;     9'h1f7: temp = 9'h1bc;    
	9'h1f8: temp = 9'h0a2;     9'h1f9: temp = 9'h0ea;     9'h1fa: temp = 9'h070;     9'h1fb: temp = 9'h1fc;    
	9'h1fc: temp = 9'h116;     9'h1fd: temp = 9'h15c;     9'h1fe: temp = 9'h04c;     default: temp = 9'h1c2;    
      endcase // case(in)
   endfunction // temp
endmodule // MISTY1_S9